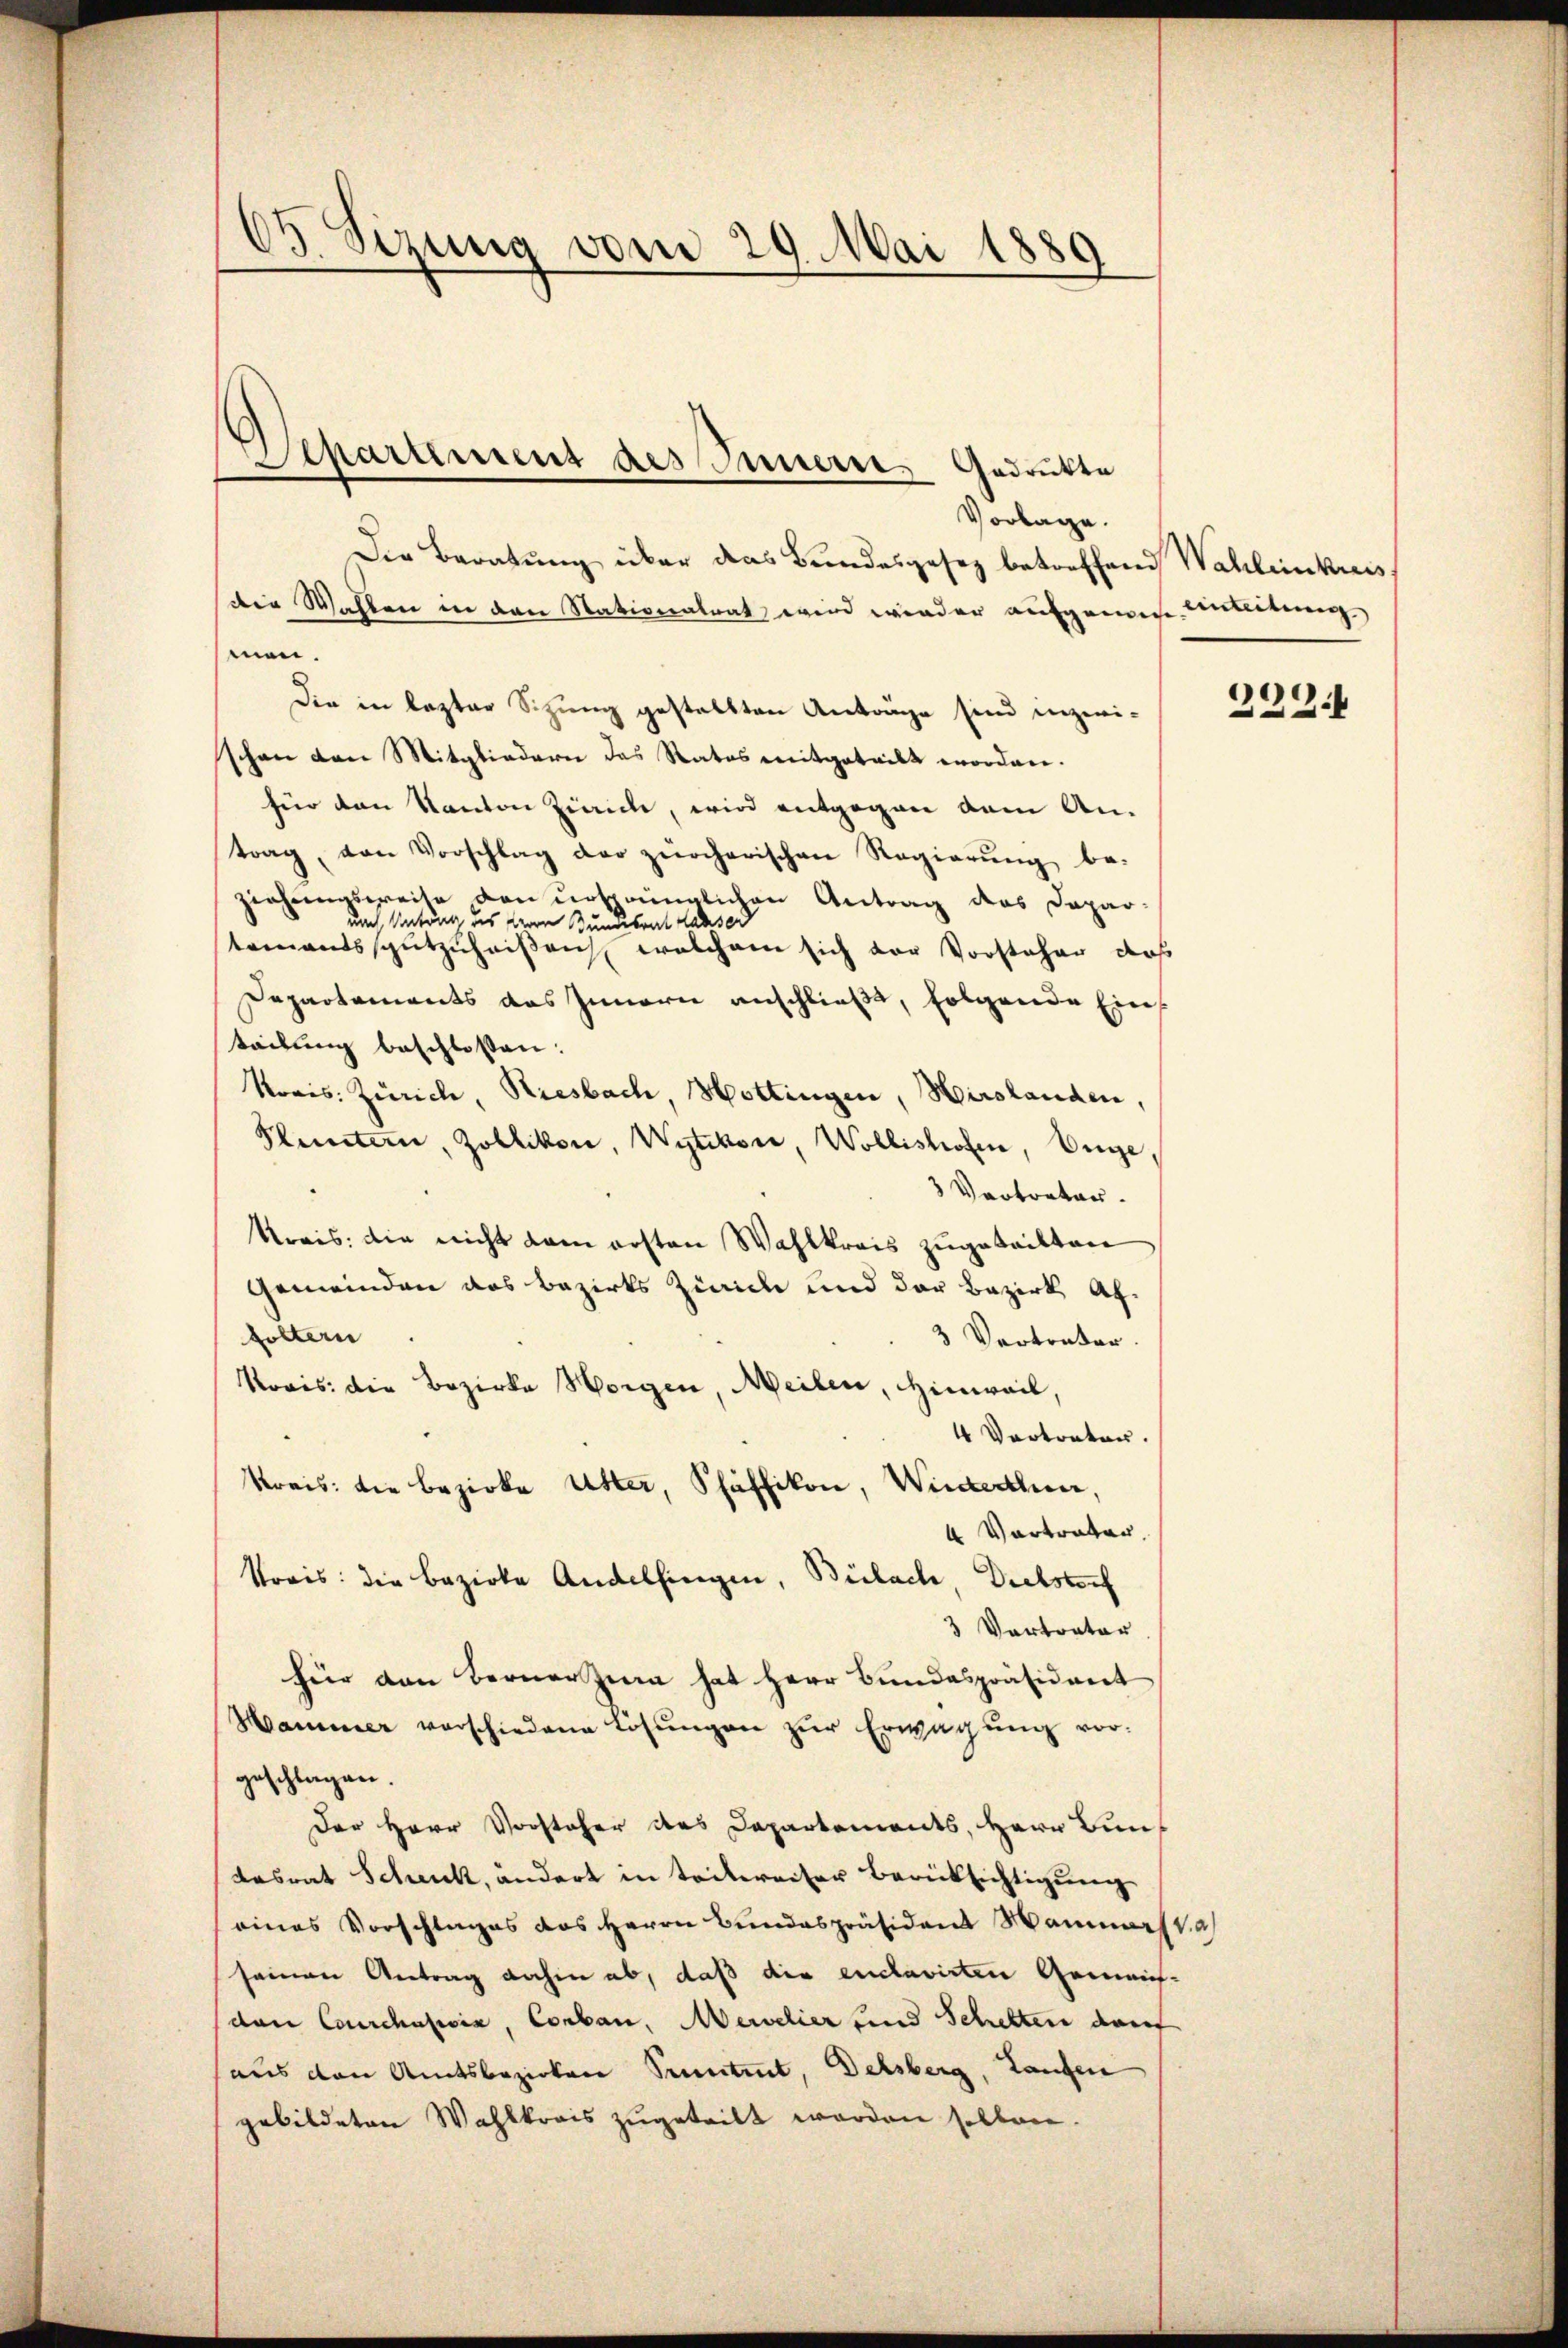
03. Sizung vom 29. Mai 1889

Separtement des Innere Gedrükte
1

Vorlage.
Der Beratung über das Bundesgesetz betreffend Wahlenkreis
die Wahlen in den Nationalrat wird wieder aufgemes Anleitung
men.
Die in lezter Sitzung gestellten Anträge sind inzwischon den Mitgliedern das Rates mitgeteilt worden.
für den Kanton Zürich, wird entgegen dem An-
trag, von Vorschlag der zürcherischen Regierŭng be-
ziehungsweise von ursprünglichen Antrag das Dapar-
und Antrag des Herrn Bundesrat Lahsod
tamentsspŭtzuheiβen welchem sich vor Vorsteher, daß
Departements das Innern anschließe, folgende Ein
teilung beschlossen:
Kreis: Zürich, Riesbach, Hottingen, Hirslanden,
Pluntern, Zollikon, Wytikon, Wollishofen, Unge
3 Vertreter.
Kreis: die nicht kam ersten Wahlkreis zugeteilten
Gemeinden das Bezirks Zürich und der Bezirk Affoltern
3 Vertreter.
Roris die Bezirke Horgen, Meilen, Hinweil,
4 Vertreter.
Kreis: die Bezirke Uster, Pfäffikon, Winterthur,
4 Vorträter
Preis: die Bezirke Andelfingen, Bülach, Diebsterf
3 Vortrator
für den Berner Zina hat Herr Bundespräsident
Hammer verschiedene Lösungen zŭr Erwägŭng vorgeschlagen.
Der Herr Vorsteher des Departements, Herr Bundesrat Schenk, ändert in teilweiser Berücksichtigung
eines Vorschlages das Herrn Bundespräsident Mannes Va
seinen Antrag dahin ab, daß die enclavirten Gemein-
(den Courchalesia, Conban, Merelier und Schelten darf
aus den Amtsbezirken Seitet, Delsberg, Laufen
gebildeten Wahlkreis zugeteilt worden sollen.

1
22: